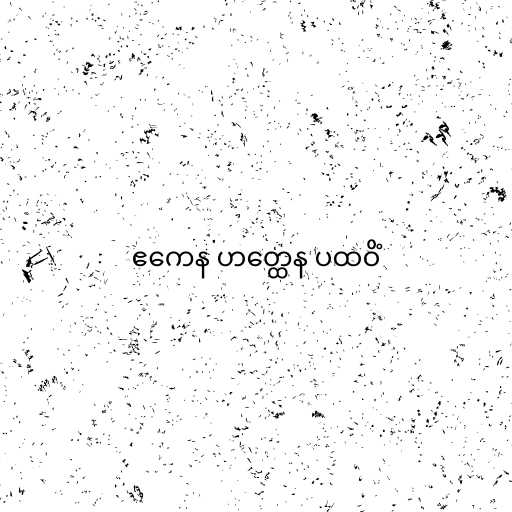
ဧကေန ဟတ္ထေန ပထဝိံ